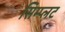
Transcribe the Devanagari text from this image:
सिम्प्लट